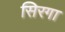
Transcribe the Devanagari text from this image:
सिरगा